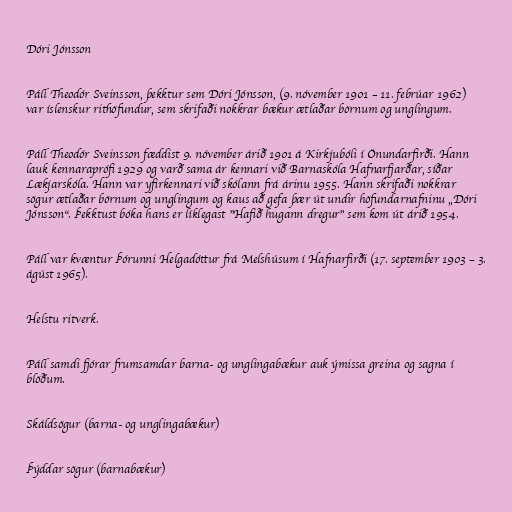
Dóri Jónsson

Páll Theodór Sveinsson, þekktur sem Dóri Jónsson, (9. nóvember 1901 – 11. febrúar 1962)
var íslenskur rithöfundur, sem skrifaði nokkrar bækur ætlaðar börnum og unglingum.

Páll Theodór Sveinsson fæddist 9. nóvember árið 1901 á Kirkjubóli í Önundarfirði. Hann
lauk kennaraprófi 1929 og varð sama ár kennari við Barnaskóla Hafnarfjarðar, síðar
Lækjarskóla. Hann var yfirkennari við skólann frá árinu 1955. Hann skrifaði nokkrar
sögur ætlaðar börnum og unglingum og kaus að gefa þær út undir höfundarnafninu „Dóri
Jónsson“. Þekktust bóka hans er líklegast "Hafið hugann dregur" sem kom út árið 1954.

Páll var kvæntur Þórunni Helgadóttur frá Melshúsum í Hafnarfirði (17. september 1903 – 3.
ágúst 1965).

Helstu ritverk.

Páll samdi fjórar frumsamdar barna- og unglingabækur auk ýmissa greina og sagna í
blöðum.

Skáldsögur (barna- og unglingabækur)

Þýddar sögur (barnabækur)